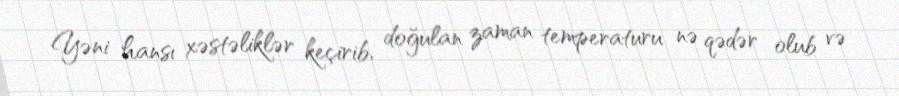
Yəni hansı xəstəliklər keçirib, doğulan zaman temperaturu nə qədər olub və